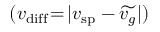
( v _ { \mathrm { d i f f } } \! = \! | v _ { \mathrm { s p } } - \widetilde { v _ { g } } | )